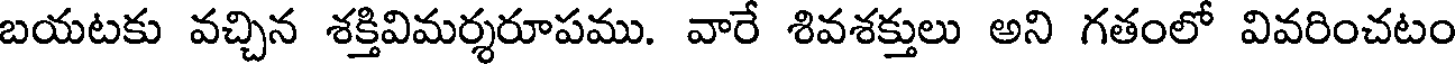
బయటకు వచ్చిన శక్తివిమర్శరూపము. వారే శివశక్తులు అని గతంలో వివరించటం